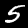
Digit: 5